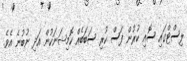
ލިސްޓްގައި ސޮއި ކުރުން ފަސް ކުރި ސަބަބެއް ކޮމިޝަނަކުން އަދި ނުބުނެ އެވެ.